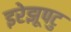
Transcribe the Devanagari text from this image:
इरेझूपटु